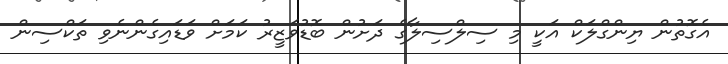
އެގޮތުން ޔިންގްލަކް އަކީ މި ސިލްސިލާގެ ދަށުން ބޮޑުވަޒީރު ކަމަށް ވަޑައިގެންނެވި ތަކްސިން